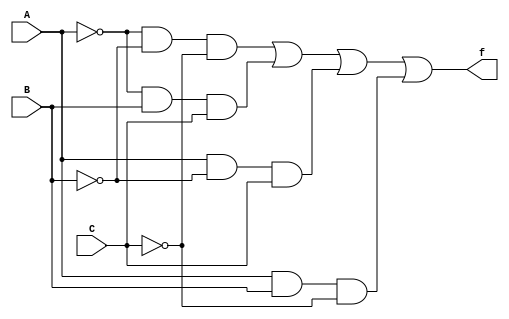
`timescale 1ns / 1ps
//////////////////////////////////////////////////////////////////////////////////
// Company: 
// Engineer: 
// 
// Design Name: 
// Module Name:    SOPimplementationOfXNOR 
// Project Name: 
// Target Devices: 
// Tool versions: 
// Description: 
//
// Dependencies: 
//
// Revision: 
// Revision 0.01 - File Created
// Additional Comments: 
//
//////////////////////////////////////////////////////////////////////////////////
module SOPimplementationOfXNOR(A, B, C, f);
	input A,B,C;
	output f;
	wire notA, notB, notC;
	not nota(notA, A);
	not notb(notB, B);
	not notc(notC, C);
	wire Wm0, Wm3, Wm5, Wm6;
	and m0(Wm0, notA, notB, notC);
	and m3(Wm3, notA, B, C);
	and m5(Wm5, A, notB, C);
	and m6(Wm6, A, B, notC);
	or(f, Wm0, Wm3, Wm5, Wm6);
	

endmodule